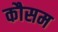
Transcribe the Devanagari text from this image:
कौसम